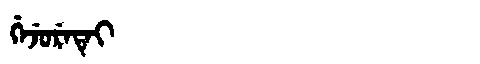
Manchu: ᡤᡝᠵᡠᡵᡝᡨᡝᡳ
Romanization: GEJURETEI